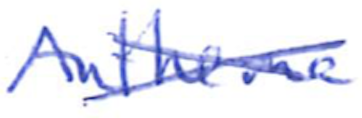
Text: Anathema
Cross-out: cross
Writing tool: ballpoint